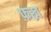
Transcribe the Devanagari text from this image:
फ़ख्र